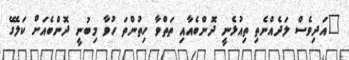
"އަދިވެސް ލަދެއްނެތި ތިއުޅެނީ ދޮންބެއާއި ތަތްވާ ހިތުންތަ ހުވާ މިބުނީ ދޮންބެއަށް ކަލޭގެ